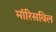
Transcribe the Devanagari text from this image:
मॉरिसविल